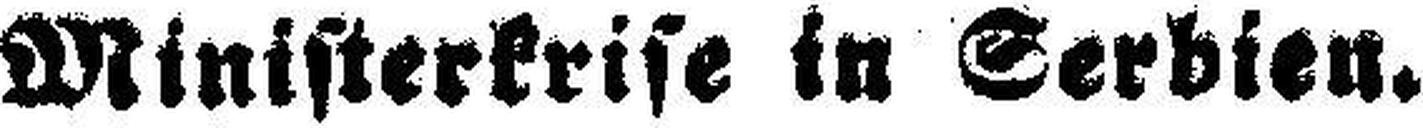
Ministerkrise in Serbien.